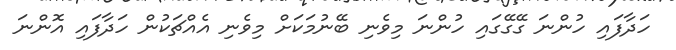
ހަދާފައި ހުންނަ ގޭގޭގައި ހުންނަ މިވެނި ބޭނުމަކަށް މިވެނި އެއްޗަކުން ހަދާފައި އޮންނަ